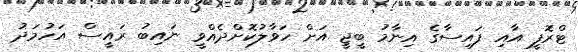
ޓްރޮފީ އާއި ފައިސާގެ އިނާމު ބީޖީ އަށް ހަވާލުކޮށްދެއްވީ ނައިބު ރައީސް އަހުމަދު